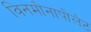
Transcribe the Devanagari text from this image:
विनमोनापोलेट